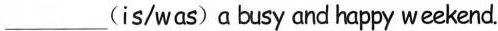
___ is/was) a busy and happy weekend.